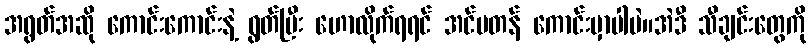
အရွတ်အဆို ကောင်းကောင်းနဲ့ ရွတ်ပြီး ဟောလိုက်ရရင် အင်မတန် ကောင်းမှာပါပဲ။အဲဒီ သီချင်းတွေကို